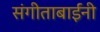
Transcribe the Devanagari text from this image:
संगीताबाईंनी